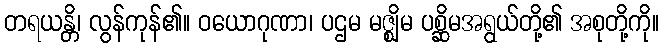
တရယန္တိ၊ လွန်ကုန်၏။ ဝယောဂုဏာ၊ ပဌမ မဇ္ဈိမ ပစ္ဆိမအရွယ်တို့၏ အစုတို့ကို။